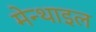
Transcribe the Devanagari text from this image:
मेन्थाइल